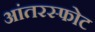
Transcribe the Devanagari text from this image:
आंतरस्फोट